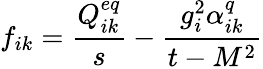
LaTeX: f_{ik}=\frac{Q_{ik}^{eq}}{s}-\frac{g_{i}^{2}\alpha_{ik}^{q}}{t-M^{2}}